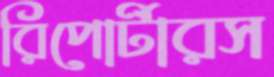
রিপোর্টারস